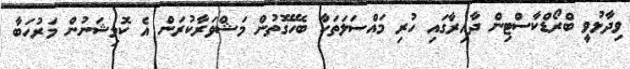
ވިދާޅުވީ ބްރޯޑްކާސްޓިން ދާއިރާގައި ހުރި މައްސަލަތަކާ ބެހޭގޮތުން މަޝްވަރާކުރަން އެ ކޮމިޝަނުން މަރުހަބާ